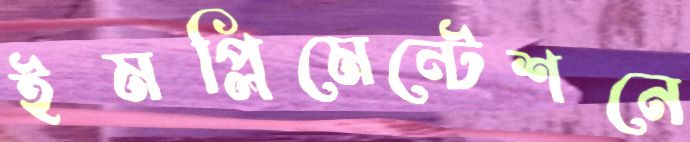
ইমপ্লিমেন্টেশনে